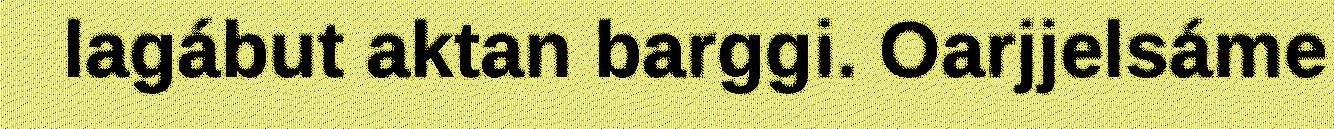
lagábut aktan barggi. Oarjjelsáme